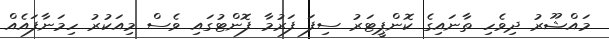
މައްޝޫރު ދިވެހި ތާނައިގެ ކޮންޕީޓަރު ސިފަ ފަރުމާ ފޮންޓުގައި ވެސް މިއަކުރު ހިމަނާފައެއް